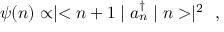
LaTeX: \psi ( n ) \propto \mid < n + 1 \mid a _ { n } ^ { \dag } \mid n > \mid ^ { 2 } \ \ ,